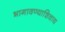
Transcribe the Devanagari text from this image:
भागावण्याशिवाय